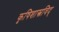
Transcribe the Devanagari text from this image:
कृषिशास्त्रविद्